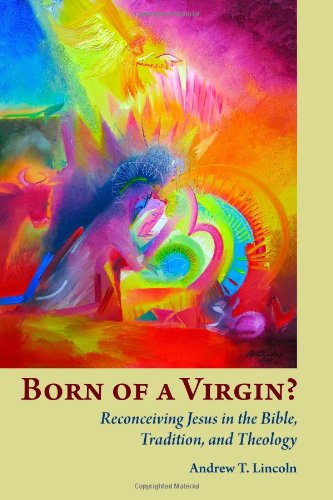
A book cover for Born of a Virgin?: Reconceiving Jesus in the Bible, Tradition, and Theology; Andrew Lincoln; Christian Books & Bibles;